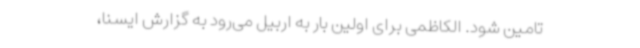
تامین شود. الکاظمی برای اولین بار به اربیل می‌رود به گزارش ایسنا،